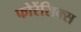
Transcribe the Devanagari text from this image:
फोरेंसिक्स